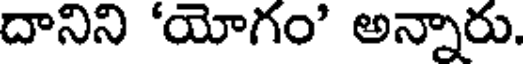
దానిని 'యోగం' అన్నారు.